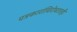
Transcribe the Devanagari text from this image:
पत्रकारांविरोधातही